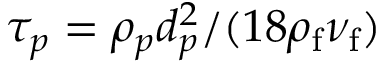
\tau _ { p } = \rho _ { p } d _ { p } ^ { 2 } / ( 1 8 \rho _ { \mathrm { f } } \nu _ { \mathrm { f } } )